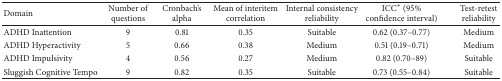
<table><thead><tr><td><b>Domain</b></td><td><b>Number of questions</b></td><td><b>Cronbach&#x27;s alpha</b></td><td><b>Mean of interitem correlation</b></td><td><b>Internal consistency reliability</b></td><td><b>ICC<sup><i>∗</i></sup> (95% confidence interval)</b></td><td><b>Test-retest reliability</b></td></tr></thead><tbody><tr><td>ADHD Inattention</td><td>9</td><td>0.81</td><td>0.35</td><td>Suitable</td><td>0.62 (0.37–0.77)</td><td>Medium</td></tr><tr><td>ADHD Hyperactivity</td><td>5</td><td>0.66</td><td>0.38</td><td>Medium</td><td>0.51 (0.19–0.71)</td><td>Medium</td></tr><tr><td>ADHD Impulsivity</td><td>4</td><td>0.56</td><td>0.27</td><td>Medium</td><td>0.82 (0.70–89)</td><td>Suitable</td></tr><tr><td>Sluggish Cognitive Tempo</td><td>9</td><td>0.82</td><td>0.35</td><td>Suitable</td><td>0.73 (0.55–0.84)</td><td>Suitable</td></tr></tbody></table>